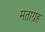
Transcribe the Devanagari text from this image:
मताग्रह